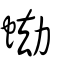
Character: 蜐